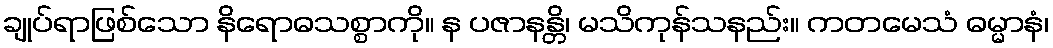
ချုပ်ရာဖြစ်သော နိရောဓသစ္စာကို။ န ပဇာနန္တိ၊ မသိကုန်သနည်း။ ကတမေသံ ဓမ္မာနံ၊